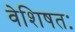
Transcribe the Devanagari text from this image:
वेशिषतः